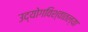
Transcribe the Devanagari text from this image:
उद्योगविश्वातल्या